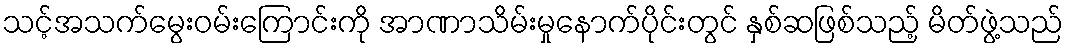
သင့်အသက်မွေးဝမ်းကြောင်းကို အာဏာသိမ်းမှုနောက်ပိုင်းတွင် နှစ်ဆဖြစ်သည့် မိတ်ဖွဲ့သည်